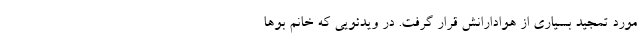
مورد تمجید بسیاری از هوادارانش قرار گرفت. در ویدئویی که خانم بو‌ها